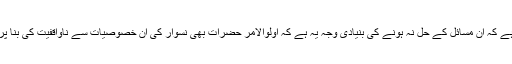
اس سے ہمیں یہ خیال آرہا ہے کہ ان مسائل کے حل نہ ہونے کی بنیادی وجہ یہ ہے کہ اولوالامر حضرات بھی نسوار کی ان خصوصیات سے ناواقفیت کی بنا پر اسے استعمال نہیں کرتے۔